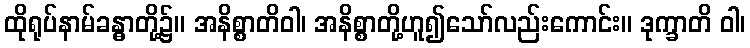
ထိုရုပ်နာမ်ခန္ဓာတို့၌။ အနိစ္စာတိဝါ၊ အနိစ္စာတို့ဟူ၍သော်လည်းကောင်း။ ဒုက္ခာတိ ဝါ၊